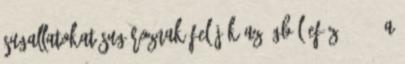
sugallatokat sugároznak feléjük az égből Eféz. 2:2 . A